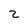
Character: 2